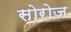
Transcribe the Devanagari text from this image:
सोरोज